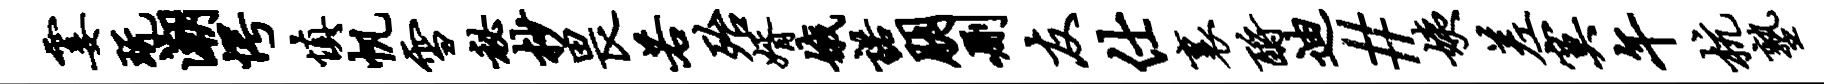
霎玩潮愕慎帆雪秘杪畏若殆婿娥诺朋删友仕里酹迪#姨差寞午杭塾